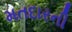
મતદારની